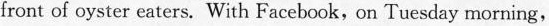
front of oyste day morning, With Facebook, on Tuesday morning,